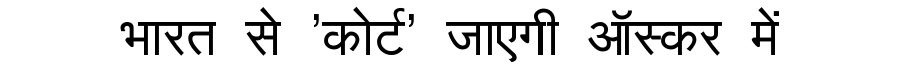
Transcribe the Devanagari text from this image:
भारत से 'कोर्ट' जाएगी ऑस्कर में